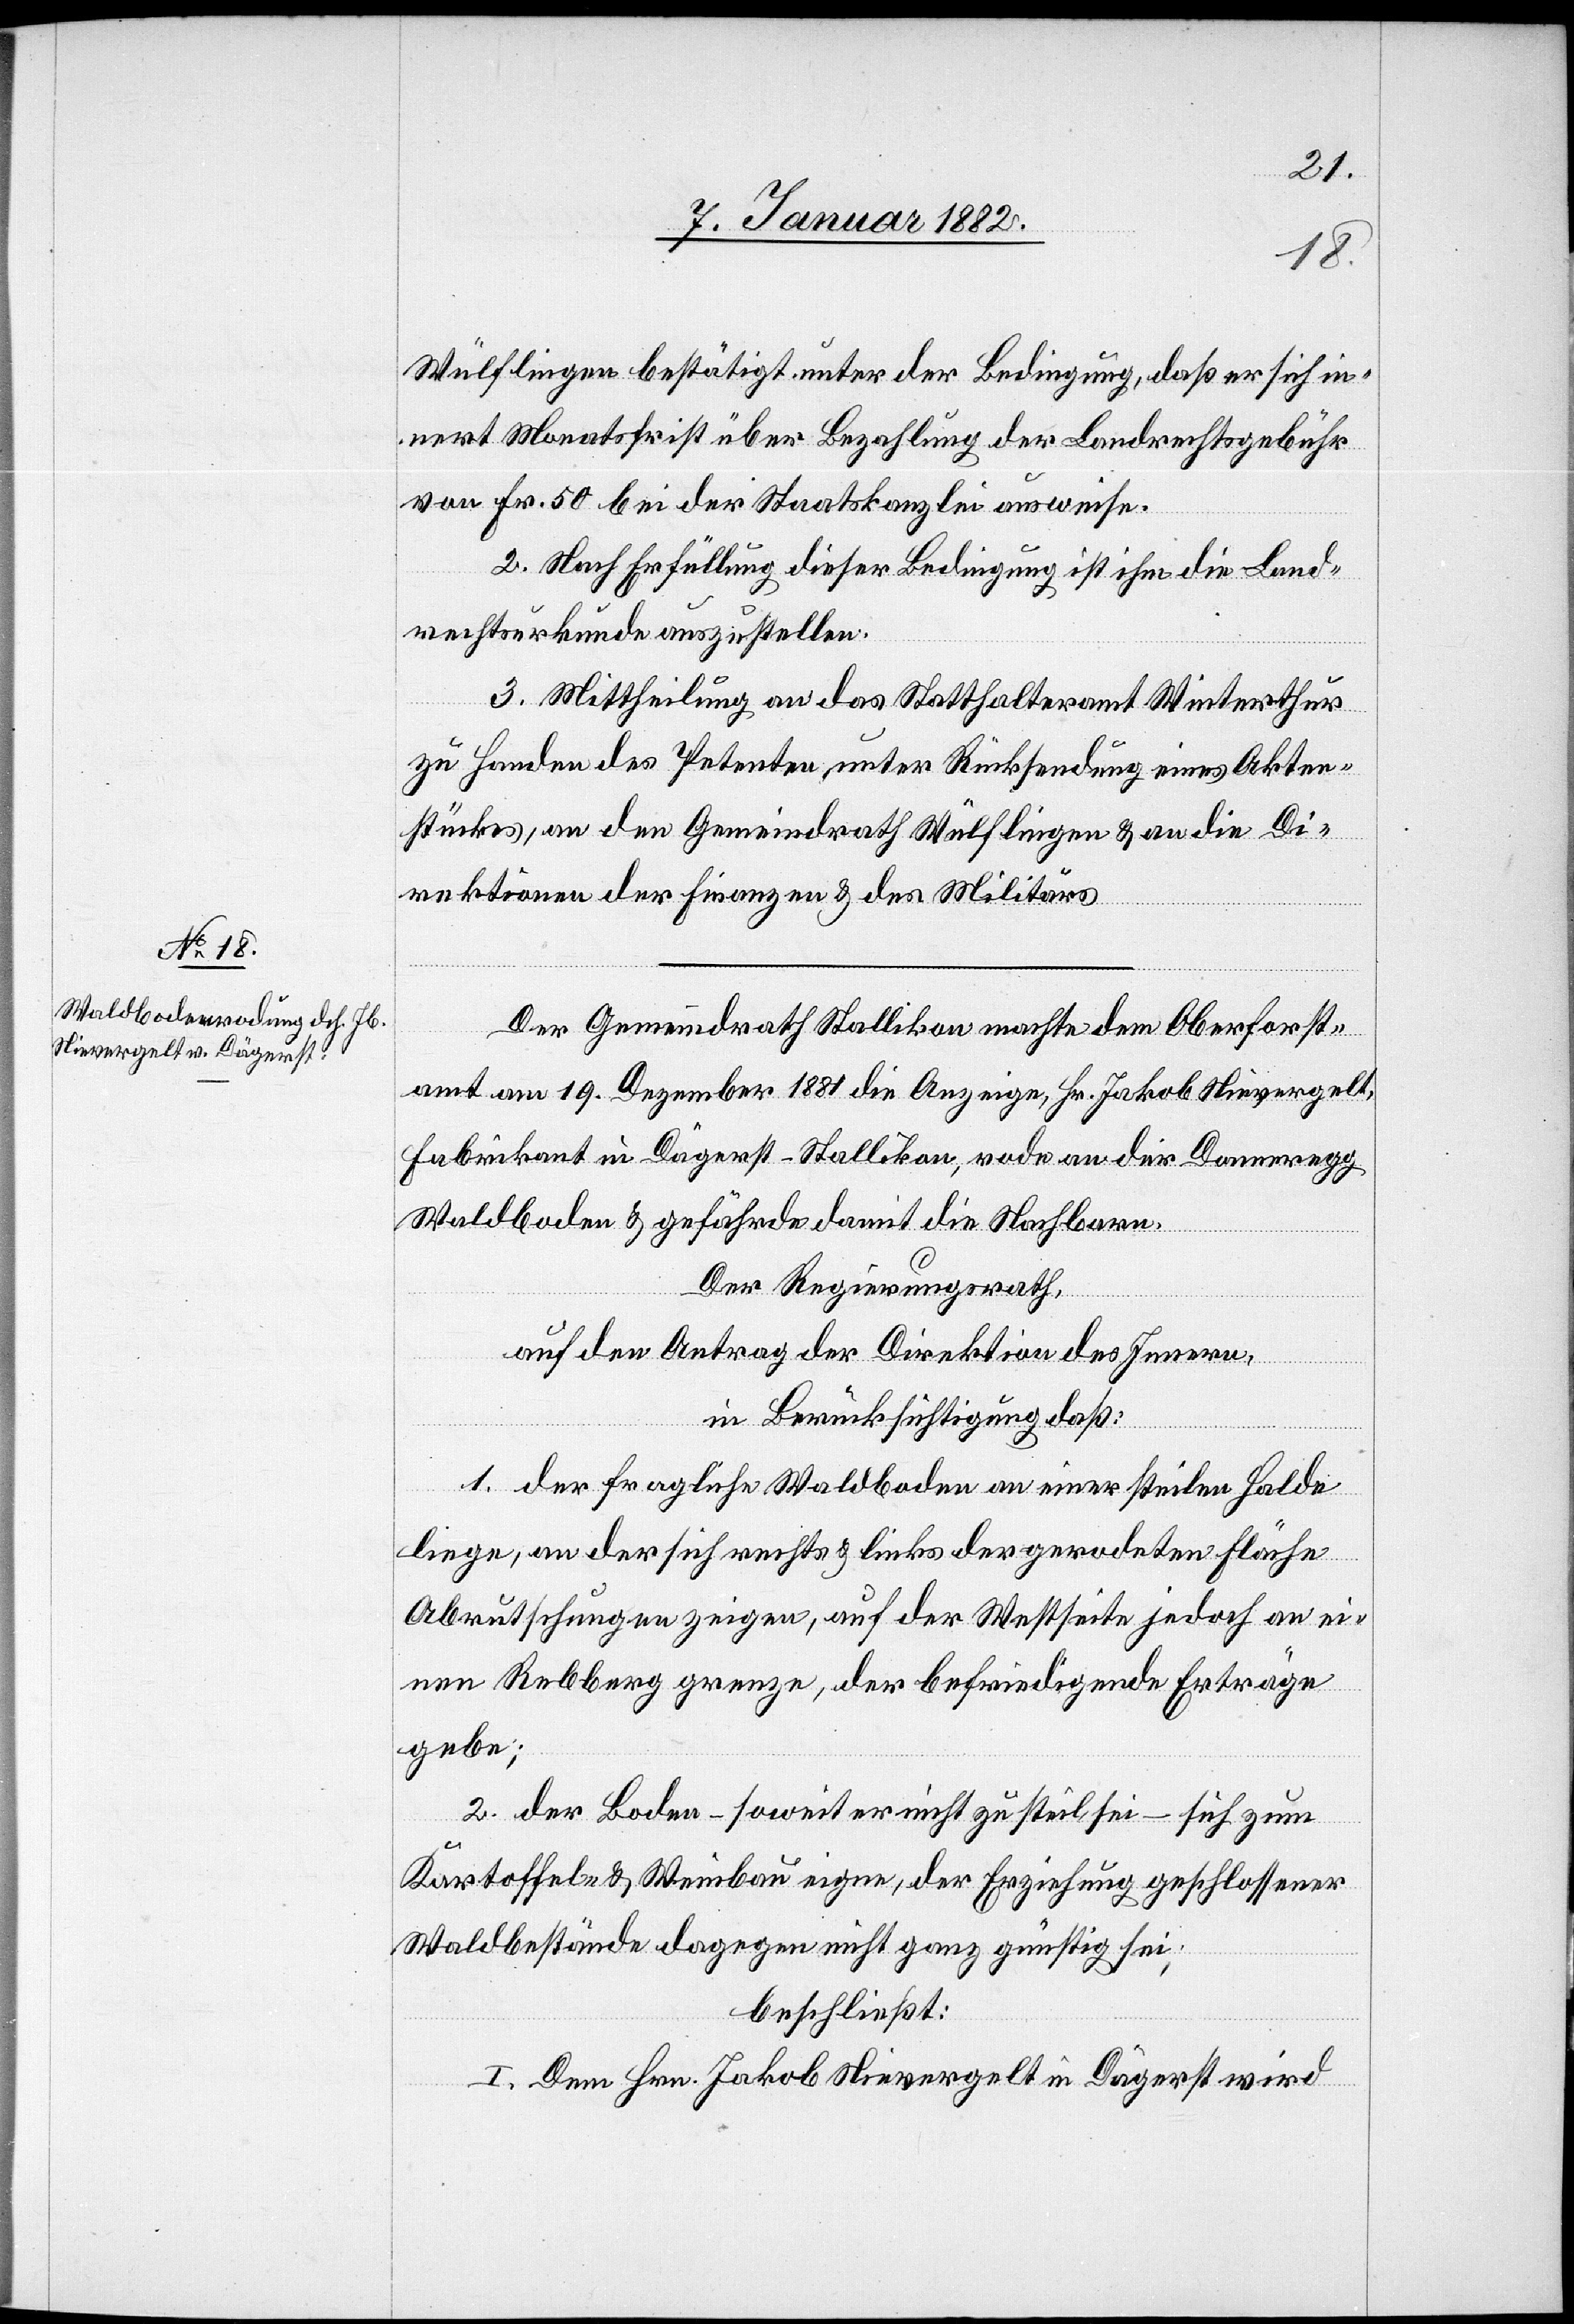
Wülflingen bestätigt unter der Bedingung, daß er sich in¬
nert Monatsfrist über Bezahlung der Landrechtsgebühr
von Fr. 50 bei der Staatskanzlei ausweise.
2. Nach Erfüllung dieser Bedingung ist ihm die Land¬
rechtsurkunde auszustellen.
3. Mittheilung an das Statthalteramt Winterthur
zu Handen des Petenten unter Rücksendung eines Akten¬
stückes, an den Gemeindrath Wülflingen & an die Di¬
rektion der Finanzen & des Militärs.
Der Gemeindrath Stallikon machte dem Oberforst¬
amt am 19. Dezember 1881 die Anzeige, Hr. Jakob Nievergelt,
Fabrikant in Dägerst-Stallikon, rode an der Donneregg
Waldboden & gefährde damit die Nachbarn.
Der Regierungsrath,
auf den Antrag der Direktion des Innern,
in Berücksichtigung daß:
1. der fragliche Waldboden an einer steilen Halde
liege, an der sich rechts & links der gerodeten Fläche
Abrutschungen zeigen, auf der Westseite jedoch an ei¬
nen Rebberg grenze, der befriedigende Erträge
gebe;
2. der Boden – soweit er nicht zu steil sei – sich zum
Kartoffel- & Weinbau eigne, der Erziehung geschlossener
Waldbestände dagegen nicht ganz günstig sei;
beschließt:
I. Dem Hrn. Jakob Nievergelt in Dägerst wird